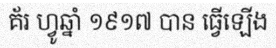
គ័រ ហ្វូឆ្នាំ ១៩១៧ បាន ធ្វើឡើង